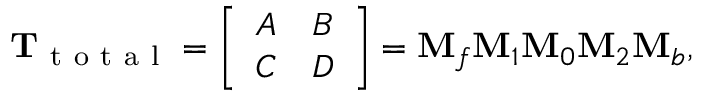
\mathrm { \mathbf { T } } _ { \mathrm { ~ t ~ o ~ t ~ a ~ l ~ } } = \left[ \begin{array} { l l } { A } & { B } \\ { C } & { D } \end{array} \right] = \mathbf { M } _ { f } \mathbf { M } _ { 1 } \mathbf { M } _ { 0 } \mathbf { M } _ { 2 } \mathbf { M } _ { b } ,